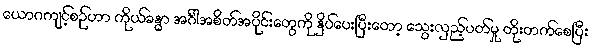
ယောဂကျင့်စဉ်ဟာ ကိုယ်ခန္ဓာ အင်္ဂါအစိတ်အပိုင်းတွေကို နှိပ်ပေးပြီးတော့ သွေးလှည့်ပတ်မှု တိုးတက်စေပြီး